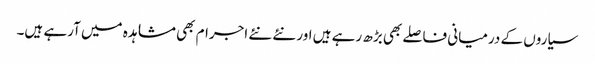
سیاروں کے درمیانی فاصلے بھی بڑھ رہے ہیں اور نئے نئے اجرام بھی مشاہدہ میں آرہے ہیں۔